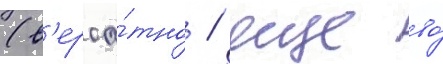
(в'ероа́тно / еще во́